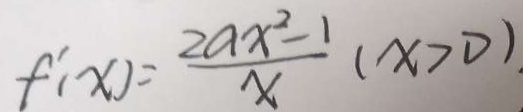
f ^ { \prime } ( x ) = \frac { 2 a x ^ { 2 } - 1 } { x } ( x > 0 )